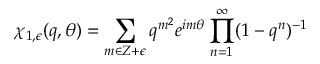
\chi _ { 1 , \epsilon } ( q , \theta ) = \sum _ { m \in Z + \epsilon } q ^ { m ^ { 2 } } e ^ { i m \theta } \prod _ { n = 1 } ^ { \infty } ( 1 - q ^ { n } ) ^ { - 1 }